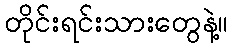
တိုင်းရင်းသားတွေနဲ့။